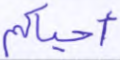
أحياكم